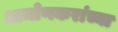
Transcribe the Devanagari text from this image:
आमोणकरांच्या